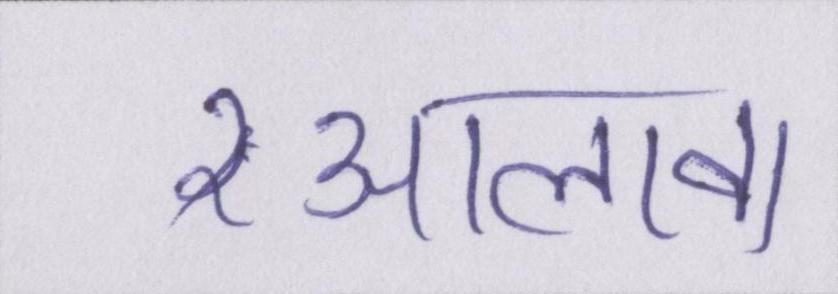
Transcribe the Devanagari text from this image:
आलावा